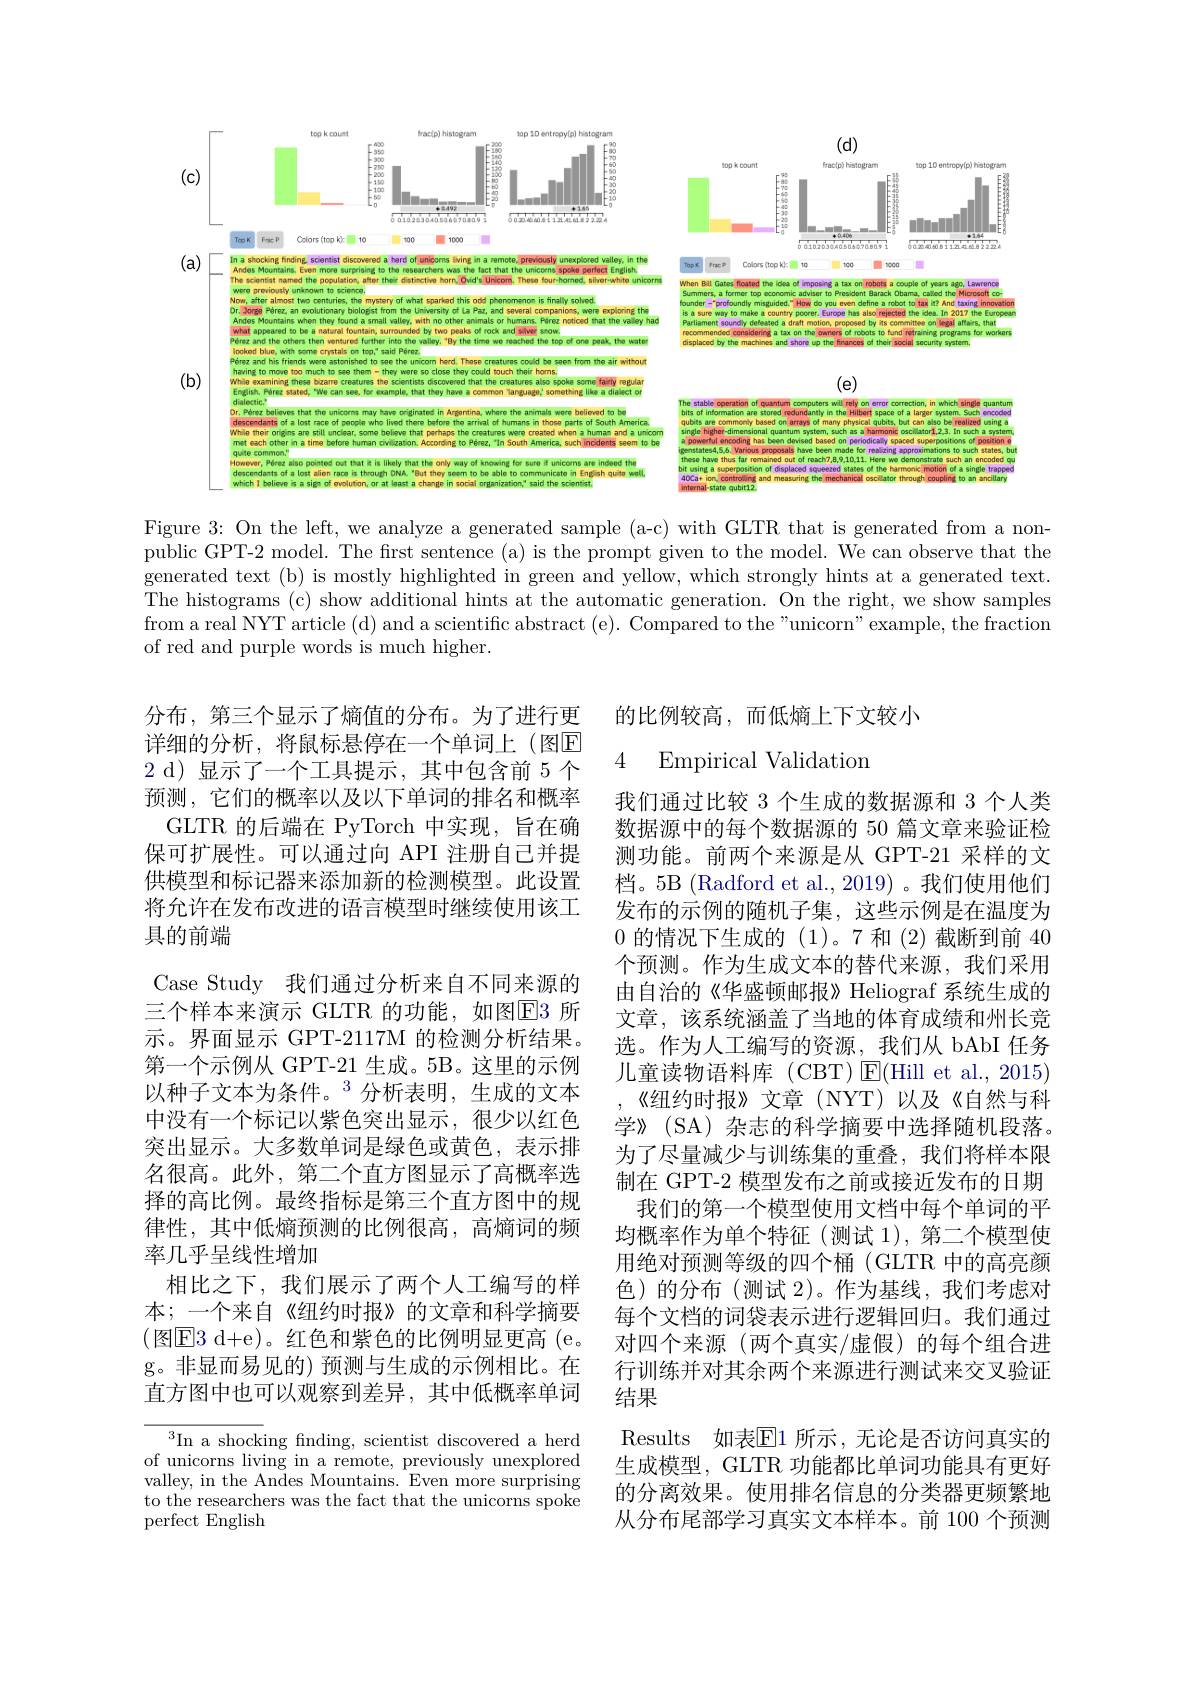
<FigureHere>

Figure 3: On the left, we analyze a generated sample (a-c) with GLTR that is generated from a nonpublic GPT-2 model. The first sentence (a) is the prompt given to the model. We can observe that the generated text (b) is mostly highlighted in green and yellow, which strongly hints at a generated text. The histograms (c) show additional hints at the automatic generation. On the right, we show samples from a real NYT article (d) and a scientific abstract (e). Compared to the"unicorn"example, the fraction of red and purple words is much higher.

## 的比例较高，而低熵上下文较小

### 4 Empirical Validation

分布，第三个显示了熵值的分布。为了进行更详细的分析，将鼠标悬停在一个单词上(图区2 d)显示了一个工具提示，其中包含前 5 个预测，它们的概率以及以下单词的排名和概率
GLTR 的后端在 PyTorch 中实现，旨在确保可扩展性。可以通过向 API 注册自己并提供模型和标记器来添加新的检测模型。此设置将允许在发布改进的语言模型时继续使用该工具的前端
Case Study 我们通过分析来自不同来源的三个样本来演示 GLTR 的功能，如图$\overline{\mathrm{E}}3$ 所示。界面显示 GPT-2117M 的检测分析结果。第一个示例从 GPT-21 生成。5B。这里的示例以种子文本为条件。$^{3}$分析表明，生成的文本中没有一个标记以紫色突出显示，很少以红色突出显示。大多数单词是绿色或黄色，表示排名很高。此外，第二个直方图显示了高概率选择的高比例。最终指标是第三个直方图中的规律性，其中低熵预测的比例很高，高熵词的频率几乎呈线性增加
相比之下，我们展示了两个人工编写的样本；一个来自《纽约时报》的文章和科学摘要(图E3 d+ e) 。红色和紫色的比例明显更高( $e.$ g。非显而易见的)预测与生成的示例相比。在直方图中也可以观察到差异，其中低概率单词

我们通过比较 3 个生成的数据源和 3 个人类数据源中的每个数据源的 50 篇文章来验证检测功能。前两个来源是从 GPT-21 采样的文档。5B (Radford et al., 2019) 。我们使用他们发布的示例的随机子集，这些示例是在温度为0的情况下生成的 (1)。7 和 (2)截断到前 40个预测。作为生成文本的替代来源，我们采用由自治的《华盛顿邮报》Heliograf 系统生成的文章，该系统涵盖了当地的体育成绩和州长竞选。作为人工编写的资源，我们从 bAbI 任务儿童读物语料库 (CBT) $\operatorname{E}($Hill et al., 2015) 《纽约时报》文章(NYT)以及《自然与科学》(SA) 杂志的科学摘要中选择随机段落。为了尽量减少与训练集的重叠，我们将样本限制在 GPT-2 模型发布之前或接近发布的日期
我们的第一个模型使用文档中每个单词的平均概率作为单个特征(测试 1),第二个模型使用绝对预测等级的四个桶(GLTR 中的高亮颜色)的分布(测试 2)。作为基线，我们考虑对每个文档的词袋表示进行逻辑回归。我们通过对四个来源(两个真实/虚假)的每个组合进行训练并对其余两个来源进行测试来交叉验证结果
Results 如表$\overline{\mathrm{E}}$1 所示，无论是否访问真实的生成模型，GLTR 功能都比单词功能具有更好的分离效果。使用排名信息的分类器更频繁地从分布尾部学习真实文本样本。前 100 个预测

$^{3}$In a shocking finding, scientist discovered a herd of unicorns living in a remote, previously unexplored valley, in the Andes Mountains. Even more surprising to the researchers was the fact that the unicorns spoke perfect English